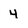
Character: 4